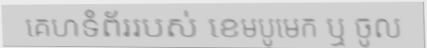
គេហទំព័ររបស់ ខេមបូមេក ឬ ចូល